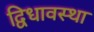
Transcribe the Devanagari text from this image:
द्विधावस्था